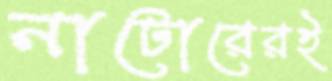
নাটোরেরই